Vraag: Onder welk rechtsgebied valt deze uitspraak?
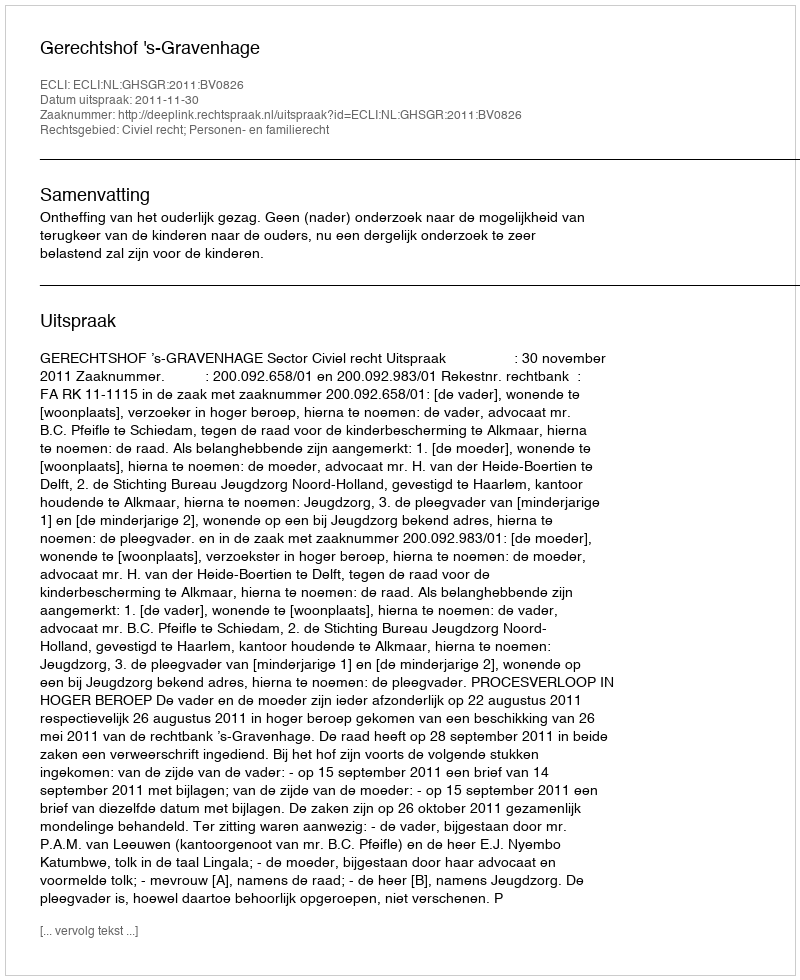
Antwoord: Civiel recht; Personen- en familierecht